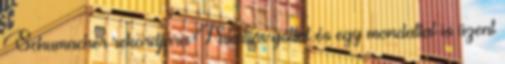
Schumacher rekordjára Nikolics góllal és egy mondattal is üzent